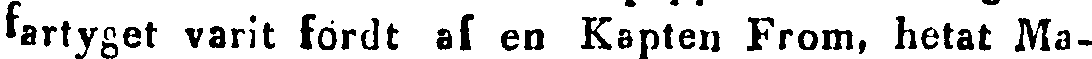
fartyget varit fördt af en Kapten From, hetat Ma-